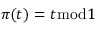
\pi ( t ) = t { \bmod { 1 } }